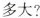
多大?